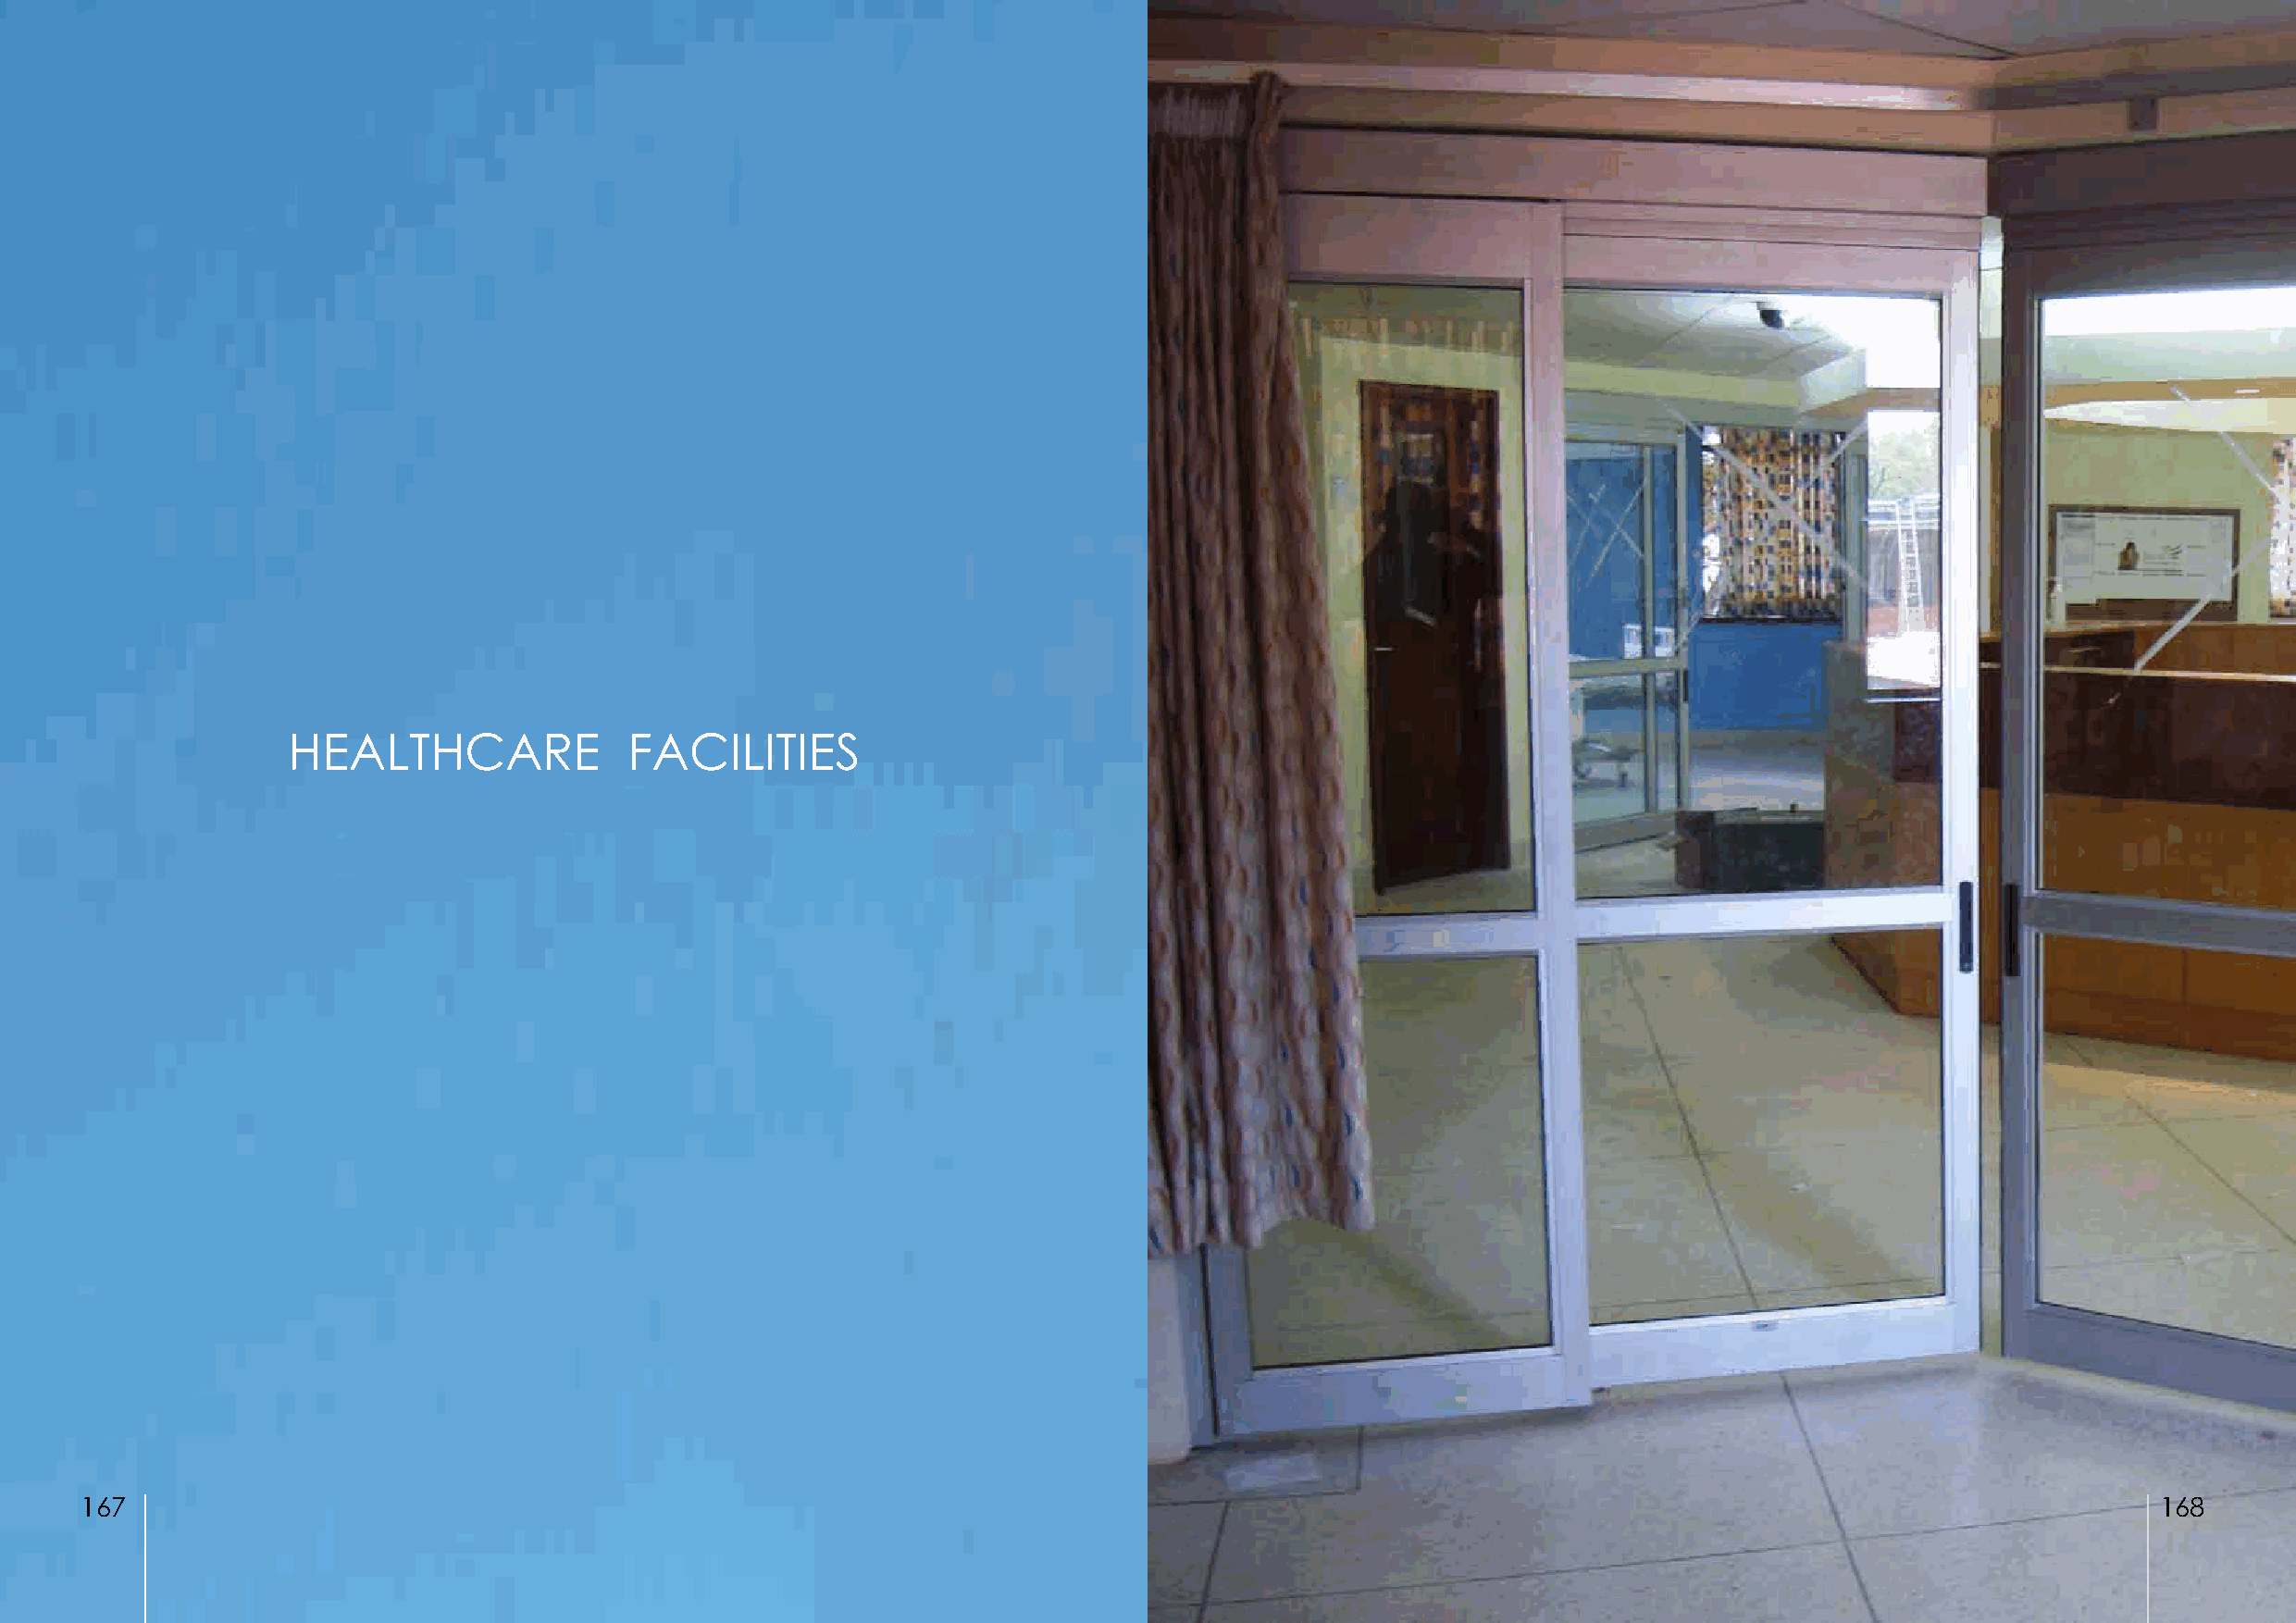
HEALTHCARE              FACILITIES
 167                                                                                                                                                 168